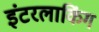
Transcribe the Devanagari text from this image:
इंटरलाकिंग